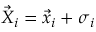
\vec { X } _ { i } = \vec { x } _ { i } + \boldsymbol { \sigma } _ { i }